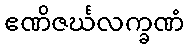
ဧဏိဇင်္ဃလက္ခဏံ